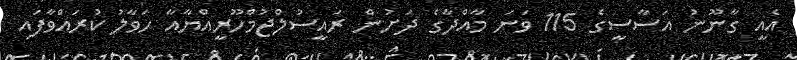
އެއީ ގާނޫނު އަސާސީގެ 115 ވަނަ މާއްދާގެ ދަށުން ރައީސުލްޖުމްހޫރީއްޔާއާ ހަވާލު ކުރައްވާފައި